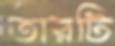
তারটি